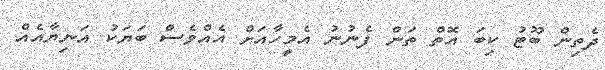
ދެތިން ބޫޓު ކިބަ އޮތް ތަން ފެނުނު އެމީހާއަށް އެއްވެސް ބަޔަކު އަނިޔާއެއް